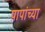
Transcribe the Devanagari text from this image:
पापांच्‍या